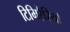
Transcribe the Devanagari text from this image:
टिमिरैरियो